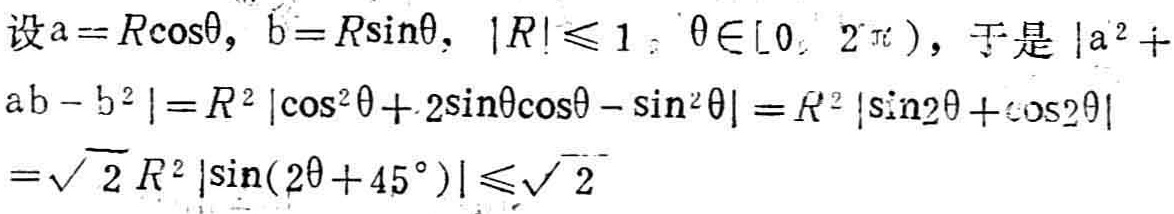
设\(a = R\cos\theta\)，\(b = R\sin\theta\)，\(\vert R\vert\leqslant 1\)，\(\theta\in[0, 2\pi)\)，于是\(\vert a^{2}+ab - b^{2}\vert=R^{2}\vert\cos^{2}\theta + 2\sin\theta\cos\theta-\sin^{2}\theta\vert=R^{2}\vert\sin2\theta+\cos2\theta\vert=\sqrt{2}R^{2}\vert\sin(2\theta + 45^{\circ})\vert\leqslant\sqrt{2}\)